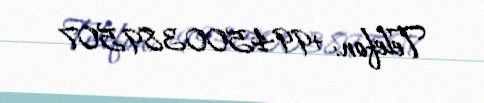
Telefon: +994500389507